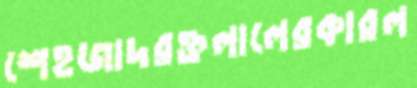
শেহজাদরক্তলালেরকারল